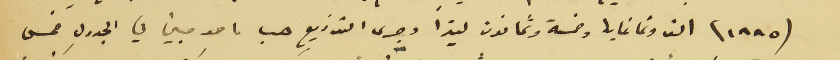
(١٨٨٥) الف وثمانماية وخمسة وثمانون ليترًا وجرى التوزيع حسب ما هو مبين في الجدول خمس